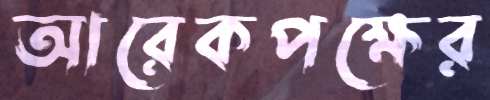
আরেকপক্ষের